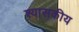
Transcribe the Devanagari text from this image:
श्यासकीय